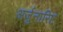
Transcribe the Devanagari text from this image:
अर्जुनारिष्ट